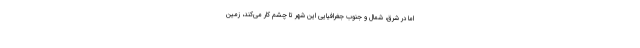
اما در شرق، شمال و جنوب جغرافیایی این شهر تا چشم کار می‌کند، زمین